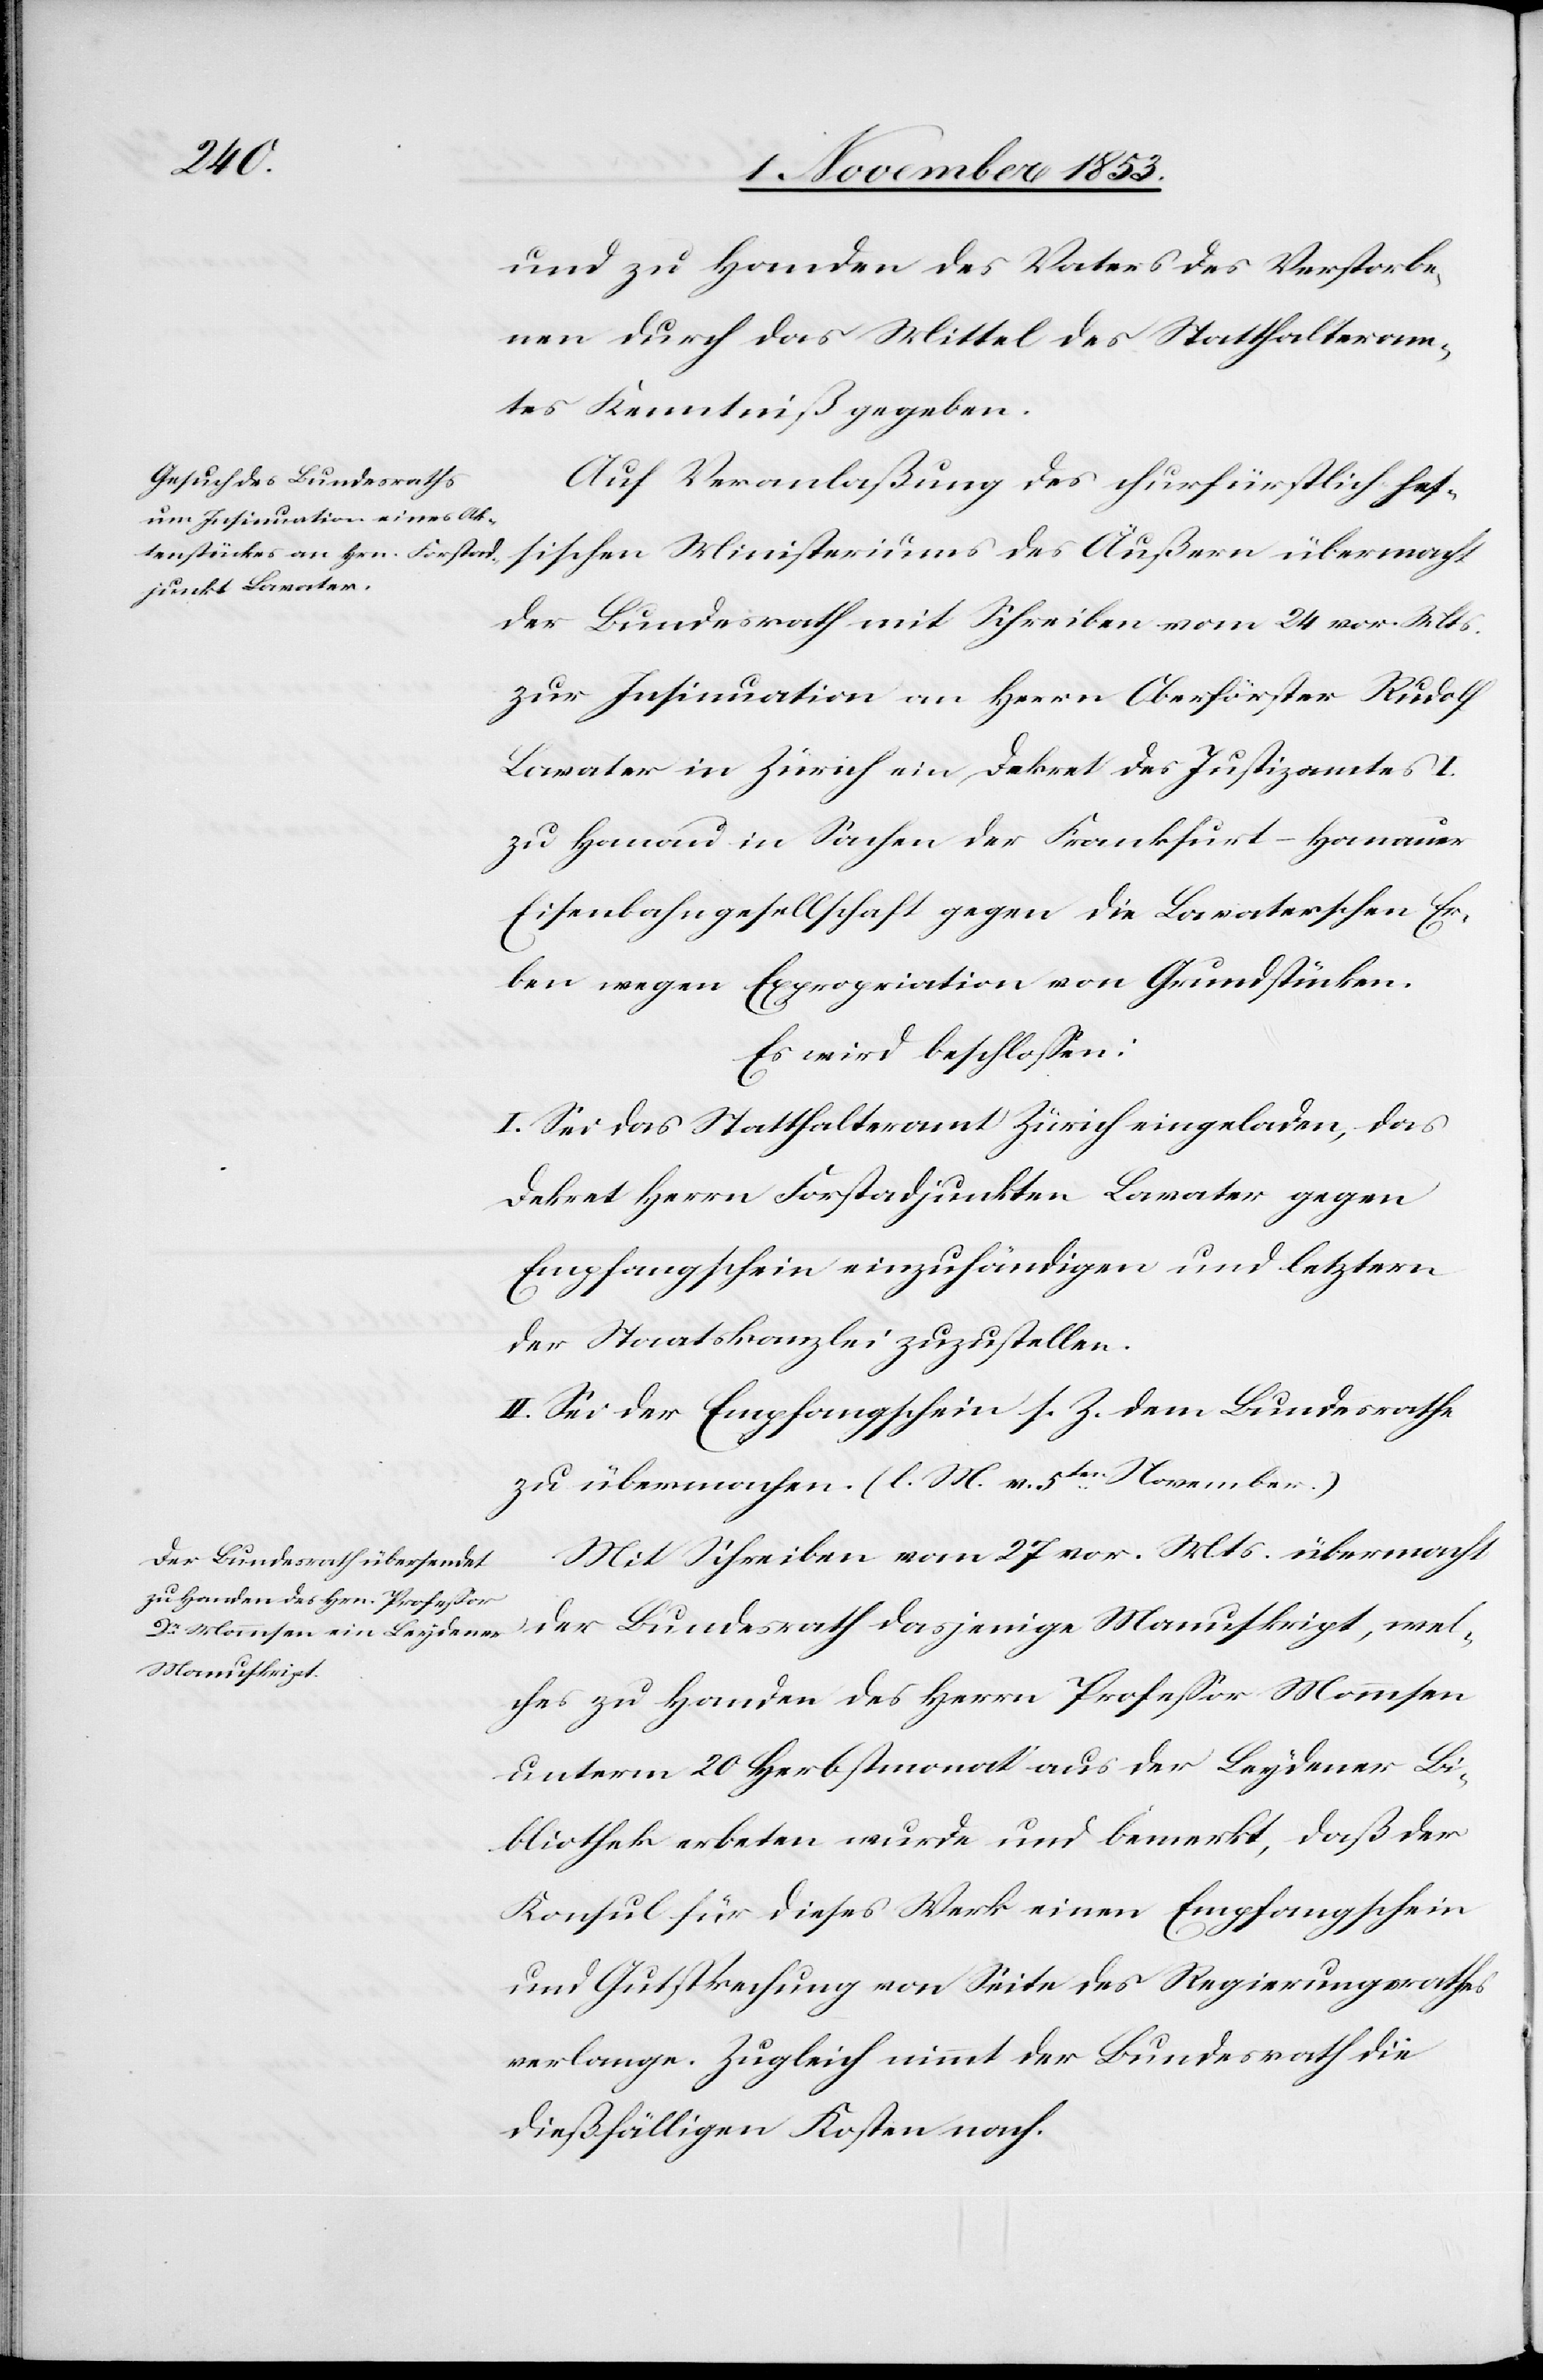
und zu Handen des Vaters des Verstorbe¬
nen durch das Mittel des Statthalteram¬
tes Kenntniß gegeben.
Auf Veranlaßung des churfürstlichen hes¬
sischen Ministeriums des Äußern übermacht
der Bundesrath mit Schreiben vom 24 vor. Mts.
zur Insinuation an Herrn Oberförster Rudolf
Lavater in Zürich ein Dekret des Justizamtes I.
zu Handen in Sachen der Frankfurt–Hanauer
Eisenbahngesellschaft gegen die Lavaterschen Er¬
ben wegen Expropriation von Grundstücken.
Es wird beschloßen:
I. Sei das Statthalteramt Zürich eingeladen, das
Dekret Herrn Forstadjunkten Lavater gegen
Empfangsschein einzuhändigen und letztern
der Staatskanzlei zuzustellen.
II. Sei der Empfangsschein s. Z. dem Bundesrath
zu übermachen. [l. M. v. 5ten November.]
Mit Schreiben vom 27 vor. Mts. übermacht
der Bundesrath dasjenige Manuskript, wel¬
ches zu Handen des Herrn Profeßor Mommsen
unterm 20 Herbstmonat aus der Leydener Bi¬
bliothek erbeten wurde und bemerkt, daß der
Konsul für dieses Werk einen Empfangsschein
und Gutsprechung von Seite des Regierungsrathes
verlange. Zugleich nimmt der Bundesrath die
dießfälligen Kosten nach.